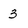
Character: 3